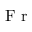
{ \mathrm { ~ F ~ r ~ } }